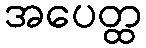
အပေတ္ထ